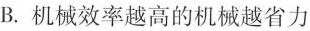
B.机械效率越高的机械越省力